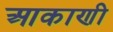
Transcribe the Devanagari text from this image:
आकाणी